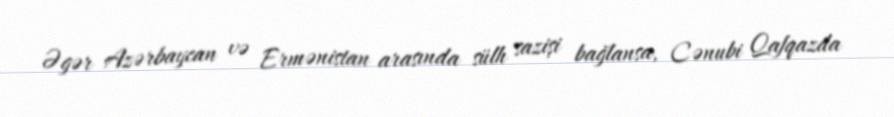
Əgər Azərbaycan və Ermənistan arasında sülh sazişi bağlansa, Cənubi Qafqazda